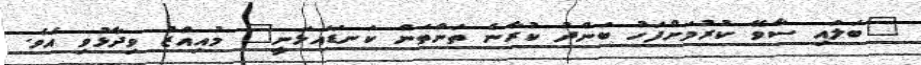
"ބަލައި ސާވޭ ކުރުމަށްފަހު ބަންދު ކުރާނެ ތަންތަން ކަނޑައަޅަނީ" މުއިއްޒު ވިދާޅުވި އެވެ.